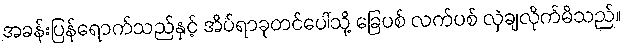
အခန်းပြန်ရောက်သည်နှင့် အိပ်ရာခုတင်ပေါ်သို့ ခြေပစ် လက်ပစ် လှဲချလိုက်မိသည်။